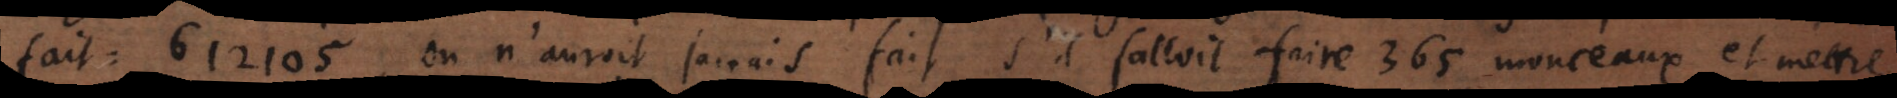
fait: 612.105, on n’auroit jamais fait s’il falloit faire 365 monceaux et mettre